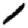
Digit: 1